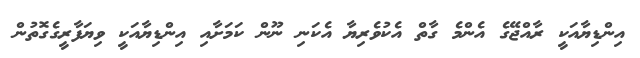
އިންޑިޔާއަކީ ރާއްޖޭގެ އެންމެ ގާތް އެކުވެރިޔާ އެކަނި ނޫން ކަމަށާއި އިންޑިޔާއަކީ ވިޔަފާރީގެގޮތުން